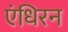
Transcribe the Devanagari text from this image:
एंधिरन